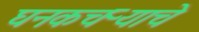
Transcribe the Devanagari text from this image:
घनकचऱ्याचे